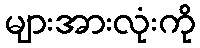
များအားလုံးကို